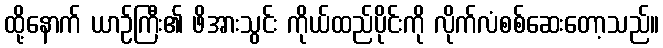
ထို့နောက် ယာဉ်ကြီး၏ ဖိအားသွင်း ကိုယ်ထည်ပိုင်းကို လိုက်လံစစ်ဆေးတော့သည်။